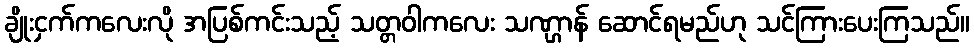
ချိုးငှက်ကလေးလို အပြစ်ကင်းသည့် သတ္တဝါကလေး သဏ္ဌာန် ဆောင်ရမည်ဟု သင်ကြားပေးကြသည်။